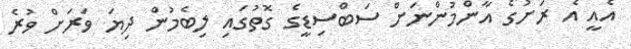
އެއީ އެ ރަށުގެ އާންމުންނަށް ސަބްސިޑީގެ ގޮތުގައި ލިބެމުން ދިޔަ ވަރަށް ވުރެ